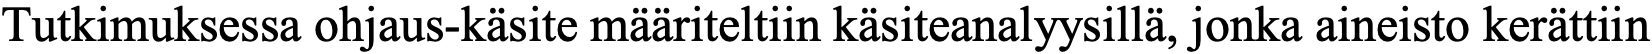
Tutkimuksessa ohjaus-käsite määriteltiin käsiteanalyysillä, jonka aineisto kerättiin